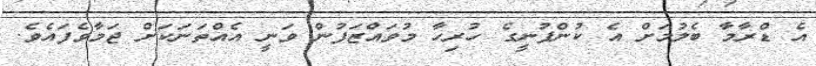
އެ ޑްރާމާ ބެލުމަށް އެ ކުންފުނީގެ ހުރިހާ މުވައްޒަފުން ވަނީ އެއްތަނަކަށް ޖަމާވެފައެވެ.